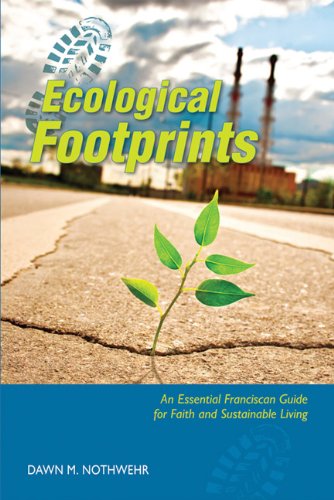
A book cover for Ecological Footprints: An Essential Franciscan Guide for Faith and Sustainable Living; Dawn  M. Nothwehr OSF; Christian Books & Bibles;